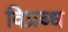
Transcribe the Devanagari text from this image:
विप्रब्ध